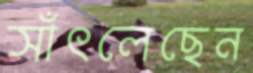
সাঁৎলেছেন